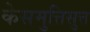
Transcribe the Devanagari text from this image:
केसमुत्तिसुत्त